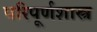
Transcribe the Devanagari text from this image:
परिपूर्णशास्त्र